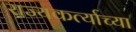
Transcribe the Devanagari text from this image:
राज्यकर्त्याच्या